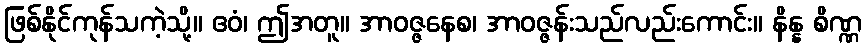
ဖြစ်နိုင်ကုန်သကဲ့သို့။ ဧဝံ၊ ဤအတူ။ အာဝဇ္ဇနေစ၊ အာဝဇ္ဇန်းသည်လည်းကောင်း။ နိန္န စိဏ္ဏ